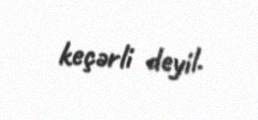
keçərli deyil.